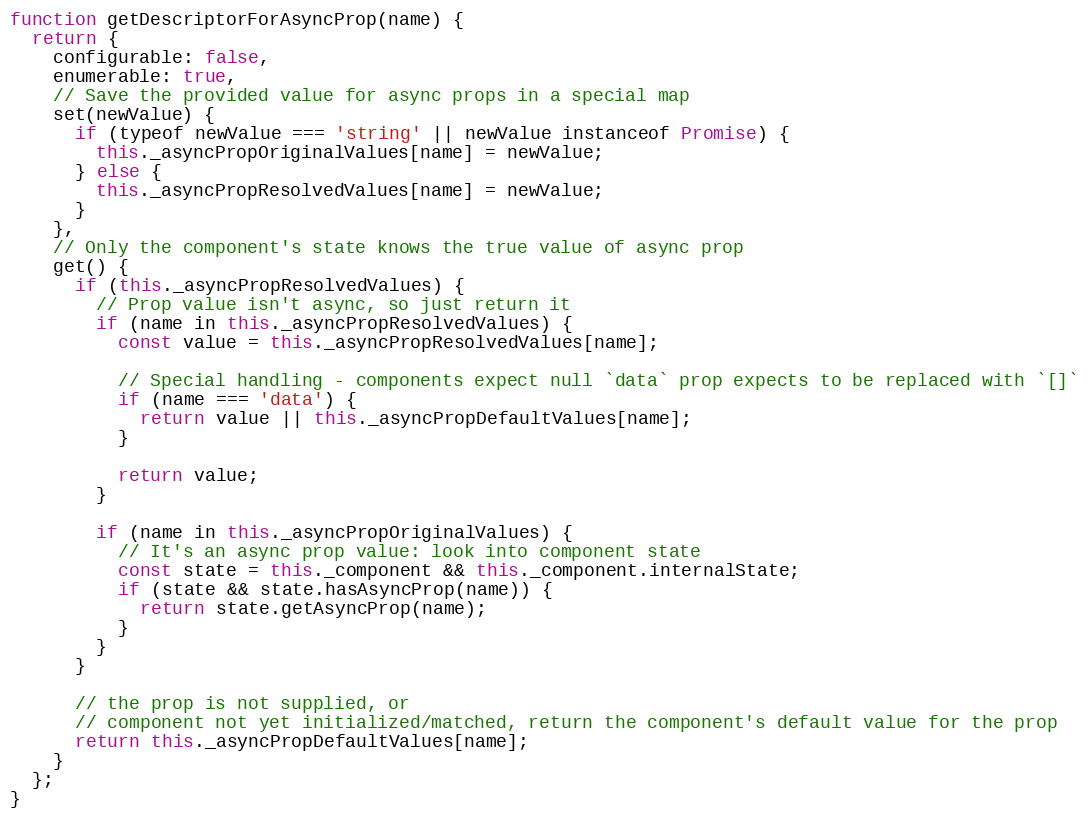
Language: JavaScript
function getDescriptorForAsyncProp(name) {
  return {
    configurable: false,
    enumerable: true,
    // Save the provided value for async props in a special map
    set(newValue) {
      if (typeof newValue === 'string' || newValue instanceof Promise) {
        this._asyncPropOriginalValues[name] = newValue;
      } else {
        this._asyncPropResolvedValues[name] = newValue;
      }
    },
    // Only the component's state knows the true value of async prop
    get() {
      if (this._asyncPropResolvedValues) {
        // Prop value isn't async, so just return it
        if (name in this._asyncPropResolvedValues) {
          const value = this._asyncPropResolvedValues[name];

          // Special handling - components expect null `data` prop expects to be replaced with `[]`
          if (name === 'data') {
            return value || this._asyncPropDefaultValues[name];
          }

          return value;
        }

        if (name in this._asyncPropOriginalValues) {
          // It's an async prop value: look into component state
          const state = this._component && this._component.internalState;
          if (state && state.hasAsyncProp(name)) {
            return state.getAsyncProp(name);
          }
        }
      }

      // the prop is not supplied, or
      // component not yet initialized/matched, return the component's default value for the prop
      return this._asyncPropDefaultValues[name];
    }
  };
}